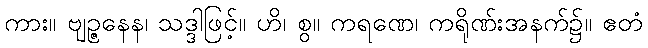
ကား။ ဗျဉ္ဇနေန၊ သဒ္ဒါဖြင့်။ ဟိ၊ စွ။ ကရဏေ၊ ကရိုဏ်းအနက်၌။ ဧတံ